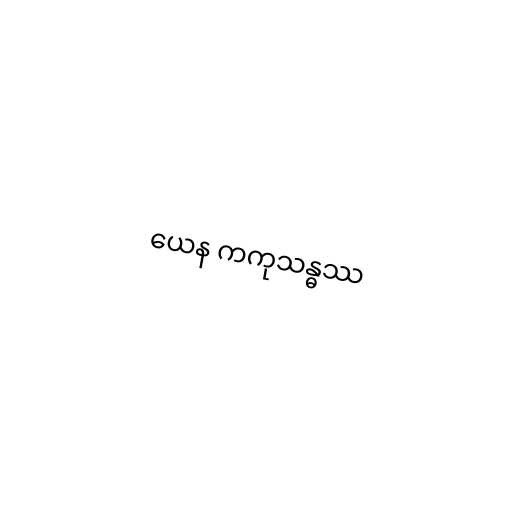
ယေန ကကုသန္ဓဿ